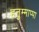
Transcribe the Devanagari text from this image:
हनुम्माप्पा